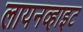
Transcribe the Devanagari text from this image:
लायनव्हाइट